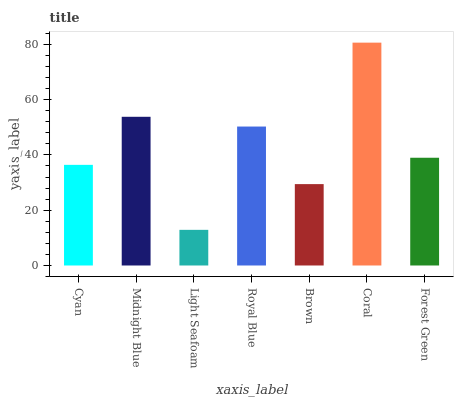
| xaxis_label | bars |
 | --- | --- |
 | Cyan | 36.4 |
 | Midnight Blue | 53.8 |
 | Light Seafoam | 12.9 |
 | Royal Blue | 50.3 |
 | Brown | 29.4 |
 | Coral | 80.6 |
 | Forest Green | 39 |